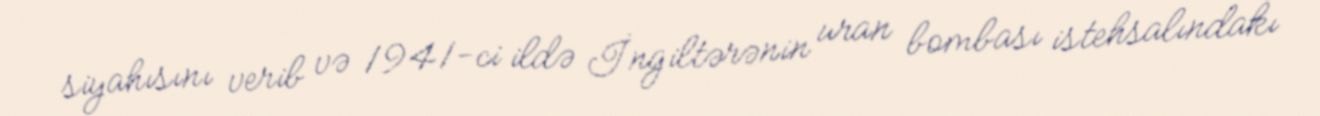
siyahısını verib və 1941-ci ildə İngiltərənin uran bombası istehsalındakı